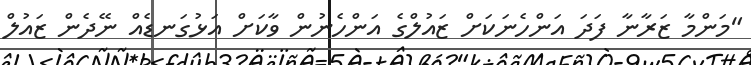
"މަންމާ ޒަރާނާ ފަދަ އަންހެނަކަށް ޒައުލްގެ އަންހެނުން ވާކަށް އަޅުގަނޑެއް ނޭދެން ޒައުލް